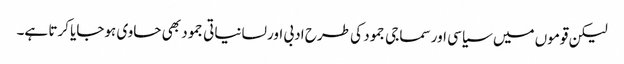
لیکن قوموں میں سیاسی اور سماجی جمود کی طرح ادبی اور لسانیاتی جمود بھی حاوی ہوجایا کرتا ہے۔